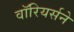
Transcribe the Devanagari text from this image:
वॉरियर्सने